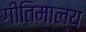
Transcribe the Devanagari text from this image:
गीतिमाल्य